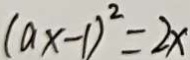
( a x - 1 ) ^ { 2 } = 2 x